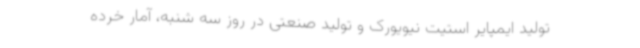
تولید ایمپایر استیت نیویورک و تولید صنعتی در روز سه شنبه، آمار خرده